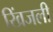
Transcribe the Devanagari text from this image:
खिंजली